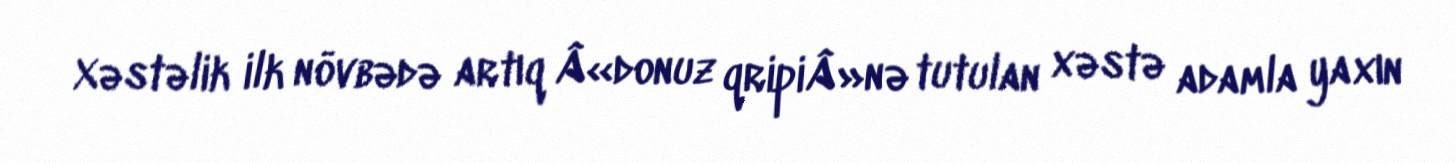
Xəstəlik ilk növbədə artıq Â«donuz qripiÂ»nə tutulan xəstə adamla yaxın